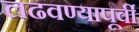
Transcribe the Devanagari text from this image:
लढवण्यापूर्वी